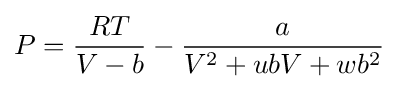
P={\frac {RT}{V-b}}-{\frac {a}{V^{2}+ubV+wb^{2}}}